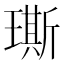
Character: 𤩐